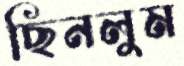
ছিনলুম